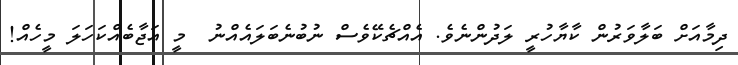
ދިމާއަށް ބަލާވަރުން ކާޔާހުރީ ލަދުންނެވެ. އެއްޗެކޭވެސް ނުބުނެބަލައެއްނު  މީ އަޖާބެއްކަހަލަ މީހެއް!